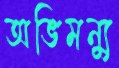
অভিমন্যু